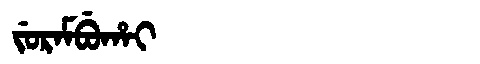
Manchu: ᠵᡠᡵᠠᠮᠪᡠᡥᠠᡳ
Romanization: JURAMBUHAI